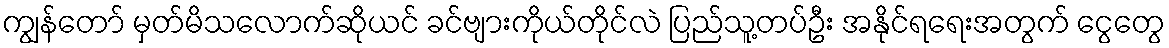
ကျွန်တော် မှတ်မိသလောက်ဆိုယင် ခင်ဗျားကိုယ်တိုင်လဲ ပြည်သူ့တပ်ဦး အနိုင်ရရေးအတွက် ငွေတွေ